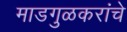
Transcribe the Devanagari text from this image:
माडगुळकरांचे